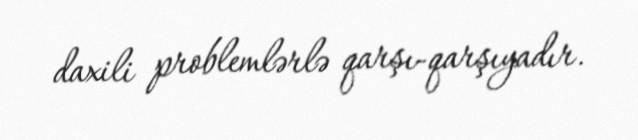
daxili problemlərlə qarşı-qarşıyadır.